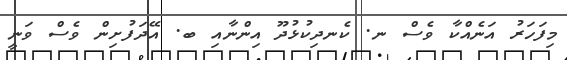
މިފަހަރު އަނެއްކާ ވެސް ނ. ކެނދިކުޅުދޫ އިންނާއި ބ. އޭދަފުށިން ވެސް ވަނީ